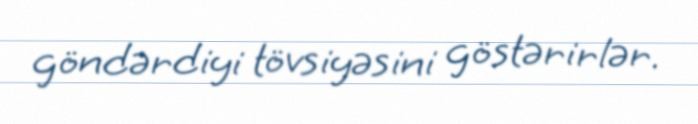
göndərdiyi tövsiyəsini göstərirlər.